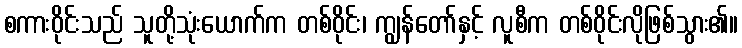
စကားဝိုင်းသည် သူတို့သုံးယောက်က တစ်ဝိုင်း၊ ကျွန်တော်နှင့် လူစီက တစ်ဝိုင်းလိုဖြစ်သွား၏။